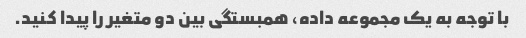
با توجه به یک مجموعه داده، همبستگی بین دو متغیر را پیدا کنید.